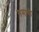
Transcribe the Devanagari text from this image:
समाथी